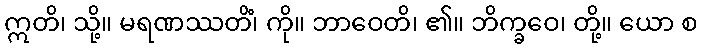
ဣတိ၊ သို့။ မရဏဿတိံ၊ ကို။ ဘာဝေတိ၊ ၏။ ဘိက္ခဝေ၊ တို့။ ယော စ